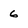
Character: 6